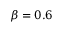
\beta = 0 . 6